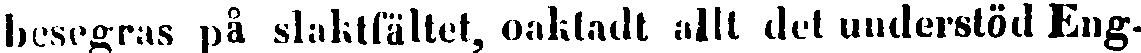
besegras på slaktfältet, oaktadt allt det understöd Eng-